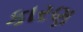
કારણ